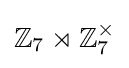
\mathbb {Z} _{7}\rtimes \mathbb {Z} _{7}^{\times }